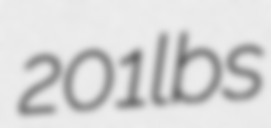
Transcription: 201 lbs